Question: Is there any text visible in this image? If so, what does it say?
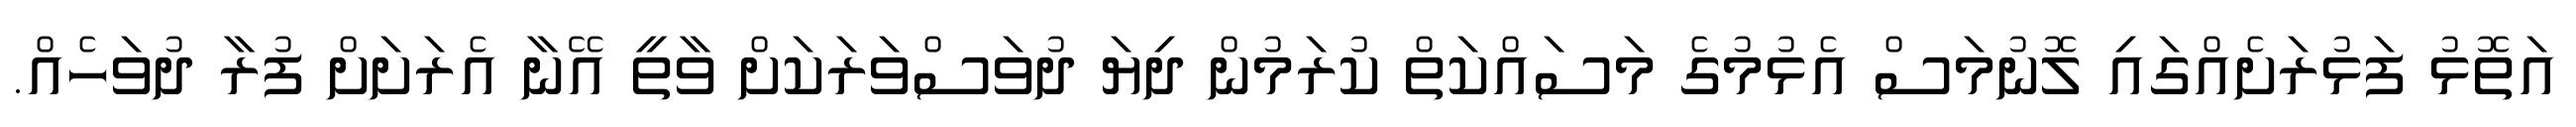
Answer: އަތޮޅު ފަޅުރަށެއްގައި ލޮނުމަސް އެޅުމުގެ މަސައްކަތް ކުރަމުން ދިޔަ ދުވަސްވަރަކަށް ވާތީ އޭނާ އެރަށަށް ފުރާ ދުވަހެއް.